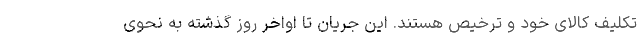
تکلیف کالای خود و ترخیص هستند. این جریان تا اواخر روز گذشته به نحوی